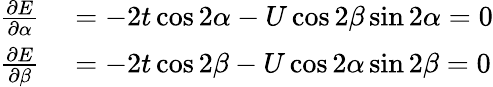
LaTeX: \begin{array}{rl}{\frac{\partial E}{\partial\alpha}}&{{}=-2t\cos 2\alpha-U\cos 2\beta\sin 2\alpha=0}\\ {\frac{\partial E}{\partial\beta}}&{{}=-2t\cos 2\beta-U\cos 2\alpha\sin 2\beta=0}\end{array}